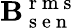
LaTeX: \mathbf{B}_{\mathrm{{~s~e~n~}}}^{\mathrm{{~r~m~s~}}}